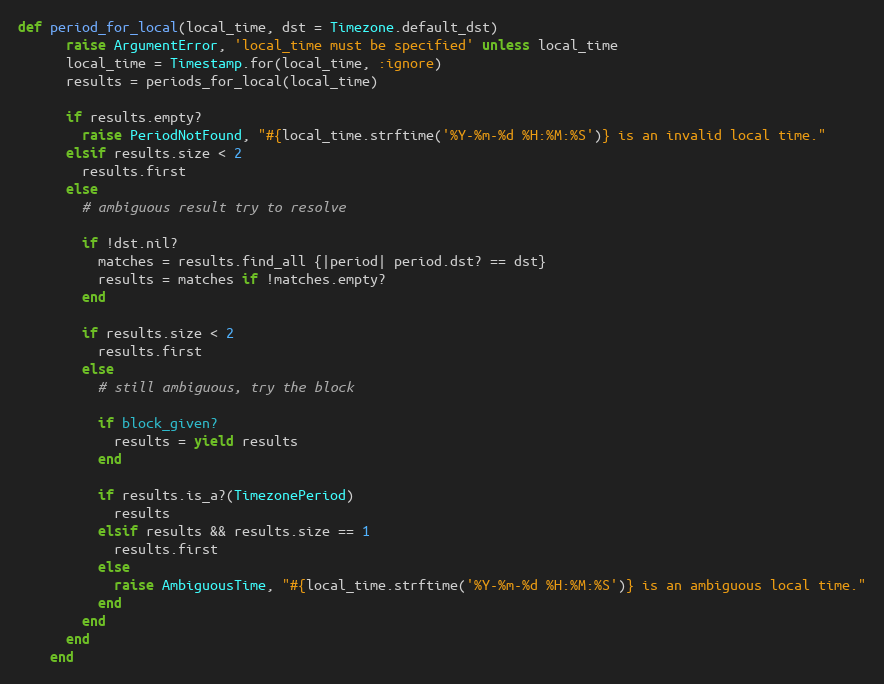
Language: Ruby
def period_for_local(local_time, dst = Timezone.default_dst)
      raise ArgumentError, 'local_time must be specified' unless local_time
      local_time = Timestamp.for(local_time, :ignore)
      results = periods_for_local(local_time)

      if results.empty?
        raise PeriodNotFound, "#{local_time.strftime('%Y-%m-%d %H:%M:%S')} is an invalid local time."
      elsif results.size < 2
        results.first
      else
        # ambiguous result try to resolve

        if !dst.nil?
          matches = results.find_all {|period| period.dst? == dst}
          results = matches if !matches.empty?
        end

        if results.size < 2
          results.first
        else
          # still ambiguous, try the block

          if block_given?
            results = yield results
          end

          if results.is_a?(TimezonePeriod)
            results
          elsif results && results.size == 1
            results.first
          else
            raise AmbiguousTime, "#{local_time.strftime('%Y-%m-%d %H:%M:%S')} is an ambiguous local time."
          end
        end
      end
    end